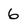
Character: 6